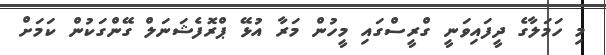
މި ހަމަލާގެ ދީފައިވަނީ ގްރީސްގައި މީހުން މަރާ އުޅޭ ޕްރޮފެޝަނަލް ގޭންގަކުން ކަމަށް